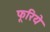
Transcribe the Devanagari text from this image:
फूरिये